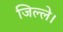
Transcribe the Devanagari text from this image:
जिल्ले।